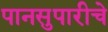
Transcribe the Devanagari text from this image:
पानसुपारीचे